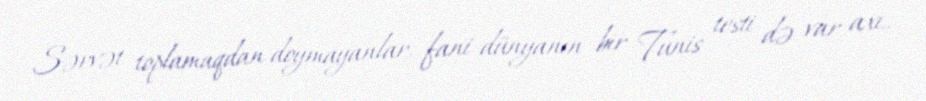
Sərvət toplamaqdan doymayanlar, fani dünyanın bir Tunis testi də var axı..